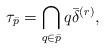
LaTeX: \begin{align*}\tau _{\bar p} = \bigcap _{q\in \bar p} q \bar \delta ^{(r)},\end{align*}